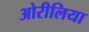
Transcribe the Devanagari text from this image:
ओरीलिया